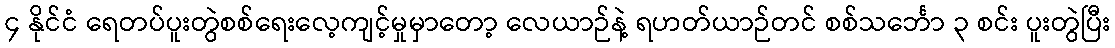
၄ နိုင်ငံ ရေတပ်ပူးတွဲစစ်ရေးလေ့ကျင့်မှုမှာတော့ လေယာဉ်နဲ့ ရဟတ်ယာဉ်တင် စစ်သင်္ဘော ၃ စင်း ပူးတွဲပြီး